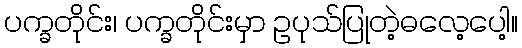
ပက္ခတိုင်း၊ ပက္ခတိုင်းမှာ ဥပုသ်ပြုတဲ့ဓလေ့ပေါ့။